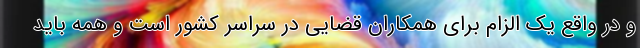
و در واقع یک الزام برای همکاران قضایی در سراسر کشور است و همه باید